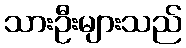
သားဦးများသည်